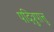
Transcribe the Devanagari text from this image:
पदित्रुपात्तु